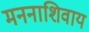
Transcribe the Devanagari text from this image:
मननाशिवाय